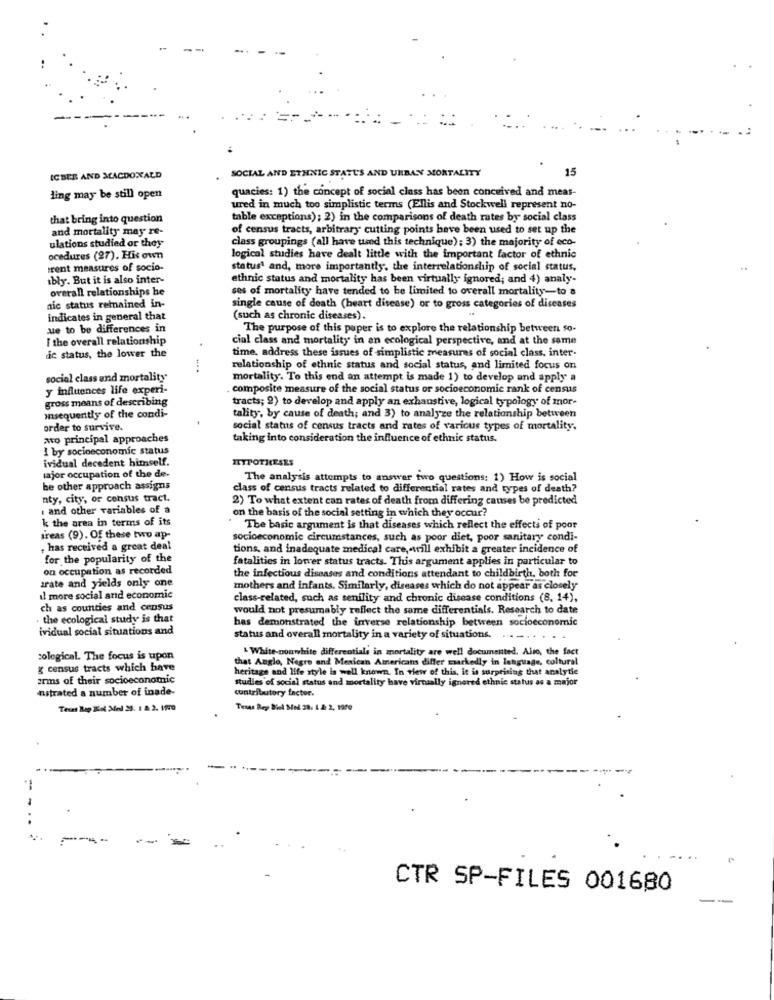
15
ICBEE AND MACDONALD
SOCIAL AND ETHNIC STATUS AND URBAN MORTALITY
quacies: 1) the concept of social class has been conceived and meas-
ling may be still open
ured in much too simplistic terms (Ellis and Stockwell represent no-
that bring into question
table exceptions); 2) in the comparisons of death rates by social class
and mortality may re-
of census tracts, arbitrary cutting points have been used to set up the
ulations studied or they
class groupings (all have used this technique); 3) the majority of eco-
ocedures (27). His own
logical studies have dealt little with the important factor of ethnic
rent measures of socio-
status and, more importantly, the interrelationship of social status,
ibly. But it is also inter-
ethnic status and mortality has been virtually ignored; and 4) analy-
overall relationships be
ses of mortality have tended to be limited to overall mortality-to &
nic status remained in-
single cause of death (heart disease) or to gross categories of diseases
indicates in general that
(such as chronic diseases).
ue to be differences in
The purpose of this paper is to explore the relationship between so-
I the overall relationship
cial class and mortality in an ecological perspective, and at the same
time, address these issues of simplistic measures of social class, inter-
de status, the lower the
relationship of ethnic status and social status, and limited focus on
social class and mortality
mortality. To this end an attempt is made 1) to develop and apply a
y influences life experi-
composite measure of the social status or socioeconomic rank of census
gross means of describing
tracts; 2) to develop and apply an exhaustive, logical typology of mor-
misequently of the condi-
tality, by cause of death; and 3) to analyze the relationship between
order to survive.
social status of census tracts and rates of various types of mortality.
wo principal approaches
taking into consideration the influence of ethnic status.
1 by socioeconomic status
ividual decedent himself.
major occupation of the de-
The analysis attempts to answer two questions: 1) How is social
be other approach assigns
class of census tracts related to differential rates and types of death?
aty, city, or census tract,
2) To what extent can rates of death from differing causes be predicted
. and other variables of a
on the basis of the social setting in which they occur?
k the area in terms of its
The basic argument is that diseases which reflect the effects of poor
treas (9). Of these two ap-
socioeconomic circumstances, such as poor diet, poor sanitary condi-
, has received a great deal
tions, and inadequate medical care, will exhibit a greater incidence of
for the popularity of the
fatalities in lower status tracts. This argument applies in particular to
on occupation as recorded
the infectious diseases and conditions attendant to childbirth, both for
irate and yields only one
mothers and infants. Similarly, diseases which do not appear as closely
il more social and economic
class-related, such as senility and chronic disease conditions (8, 14),
ch as counties and census
would not presumably reflect the same differentials. Research to date
. the ecological study is that
has demonstrated the inverse relationship between socioeconomic
ividual social situations and
status and overall mortality in a variety of situations.
-White-nonwhite differentials in mortality are well documented. Also, the fact
cological. The focus is upon
that Anglo, Negro and Mexican Americans differ markedly in language, coltural
g census tracts which have
heritage and life style is well known. In view of this, it is surprising that analytie
arms of their socioeconomic
studies of social status and mortality have virtually ignored ethnic status as a major
nstrated a number of inade-
contributory factor.
Texas Rep Biol Med 28. 1.2: 2, 1900
--
----
CTR SP-FILES 001680